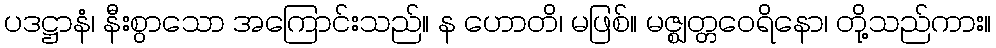
ပဒဋ္ဌာနံ၊ နီးစွာသော အကြောင်းသည်။ န ဟောတိ၊ မဖြစ်။ မဇ္ဈတ္တဝေရိနော၊ တို့သည်ကား။